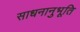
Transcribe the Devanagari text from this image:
साधनानुभूति